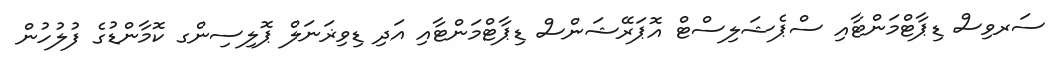
ސަރވިސް ޑިޕާޓްމަންޓާއި ސްޕެޝަލިސްޓް އޮޕަރޭޝަންސް ޑިޕާޓްމަންޓާއި އަދި ޑިވިޜަނަލް ޕޮލިސިންގ ކޮމާންޑުގެ ފުލުހުން